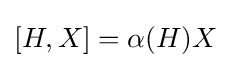
[H,X]=\alpha (H)X